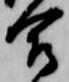
合